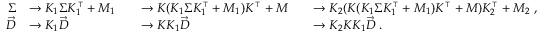
\begin{array} { r l r l r l } { \Sigma } & { \rightarrow K _ { 1 } \Sigma K _ { 1 } ^ { \intercal } + M _ { 1 } } & & { \rightarrow K ( K _ { 1 } \Sigma K _ { 1 } ^ { \intercal } + M _ { 1 } ) K ^ { \intercal } + M } & & { \rightarrow K _ { 2 } ( K ( K _ { 1 } \Sigma K _ { 1 } ^ { \intercal } + M _ { 1 } ) K ^ { \intercal } + M ) K _ { 2 } ^ { \intercal } + M _ { 2 } \; , } \\ { \vec { D } } & { \rightarrow K _ { 1 } \Vec { D } } & & { \rightarrow K K _ { 1 } \Vec { D } } & & { \rightarrow K _ { 2 } K K _ { 1 } \Vec { D } \; . } \end{array}